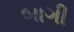
બાગી